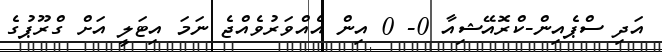
އަދި ސްޕެއިން-ކްރޮއޭޝިއާ 0- 0 އިން އެއްވަރުވެއްޖެ ނަމަ އިޓަލީ އަށް ގްރޫޕުގެ